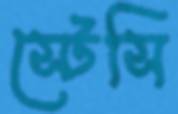
স্টেসি